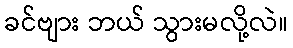
ခင်ဗျား ဘယ် သွားမလို့လဲ။